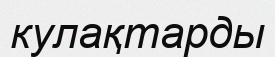
кулақтарды